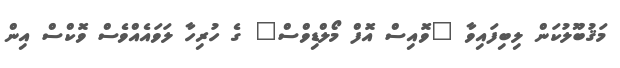
މަޤުބޫލުކަން ލިބިފައިވާ "ވޮއިސް އޮފް މޯލްޑިވްސް" ގެ ހުރިހާ ލަވައެއްވެސް ވޮކްސް އިން